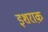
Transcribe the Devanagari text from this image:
इशराक़